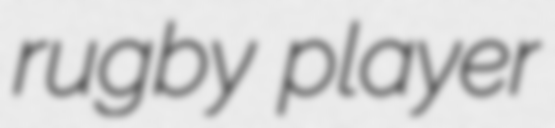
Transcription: rugby player